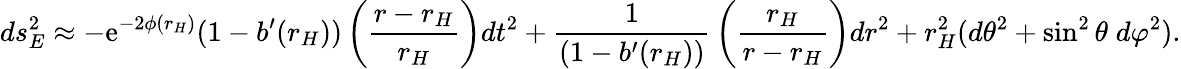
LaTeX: ds_{E}^{2}\approx-\mathrm{e}^{-2\phi(r_{H})}(1-b^{\prime}(r_{H}))\left({\frac{{r-r_{H}}}{{r_{H}}}}\right)dt^{2}+{\frac{{1}}{{(1-b^{\prime}(r_{H}))}}}\left({\frac{{r_{H}}}{{r-r_{H}}}}\right)dr^{2}+r_{H}^{2}(d\theta^{2}+\sin^{2}\theta\; d\varphi^{2}).